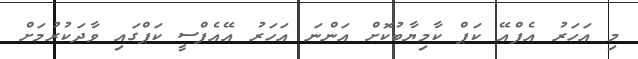
މި އަހަރު އެފްއޭ ކަޕް ކާމިޔާބުކޮށް އަންނަ އަހަރު އޭއެފްސީ ކަޕްގައި ވާދަކުރުމަށް